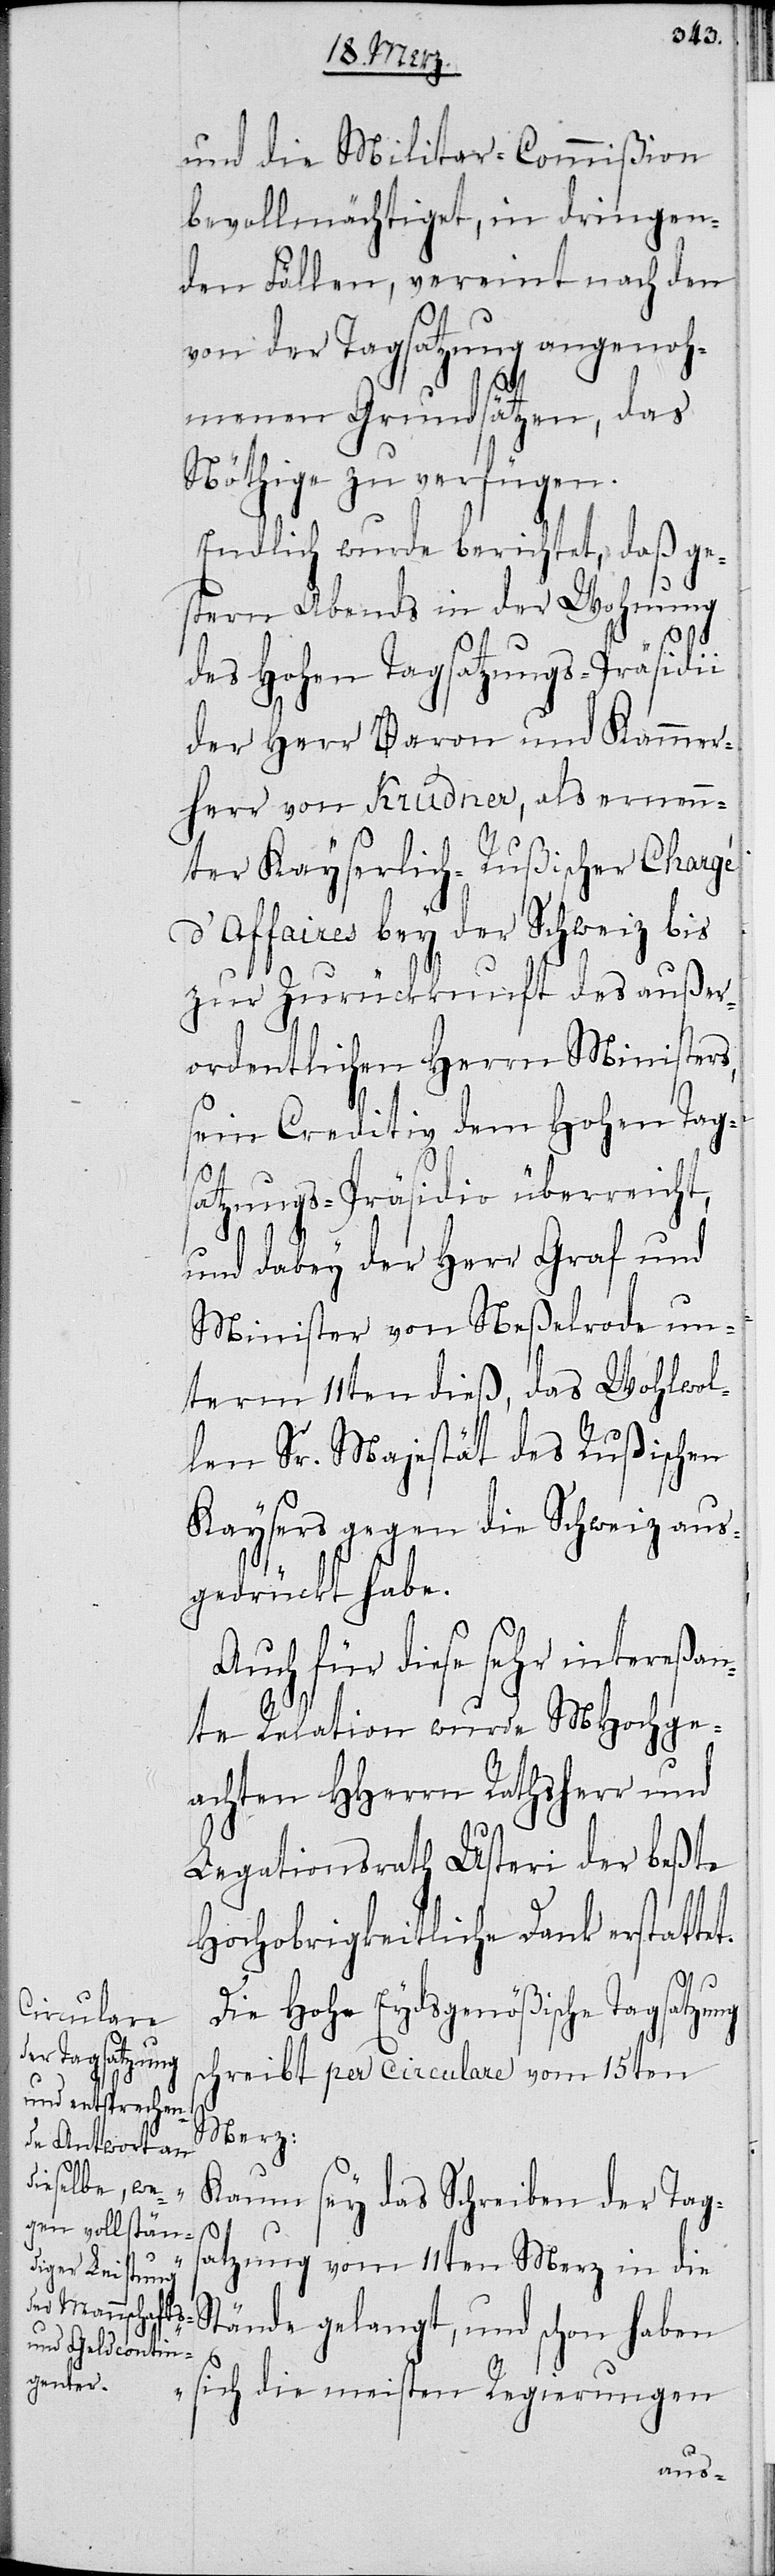
und die Militar-Commißion
bevollmächtiget, in dringen¬
den Fällen, vereint nach den
von der Tagsatzung angenoh¬
menen Grundsätzen, das
Nöthige zu verfügen.
Endlich wurde berichtet, daß ge¬
stern Abends in der Wohnung
des Hohen Tagsatzungs-Präsidii
der Herr Baron und Kammer¬
herr von Krudner, als ernann¬
ter Kayserlich-Rußischer Chargé
d’Affaires bey der Schweiz bis
zur Zurückkunft des außer¬
ordentlichen Herrn Ministers,
sein Creditiv dem Hohen Tag¬
satzungs-Präsidio überreicht,
und dabey der Herr Graf und
Minister von Neßelrode un¬
term 11ten dieß, das Wohlwol¬
len Sr. Majestät, des Rußischen
Kaysers gegen die Schweiz aus¬
gedrückt habe.
Auch für diese sehr intereßan¬
te Relation wurde MHochge¬
achten HHerrn Rathsherr und
Legationsrath Usteri der beste
Hochobrigkeitliche Dank erstattet.
ng
Die Hohe Eydsgenößische Tagsatzu¬
schreibt per circulare vom 15ten
Merz:
„Kaum sey das Schreiben der Tag¬
satzung vom 11ten Merz in die
Stände gelangt, und schon haben
sich die meisten Regierungen